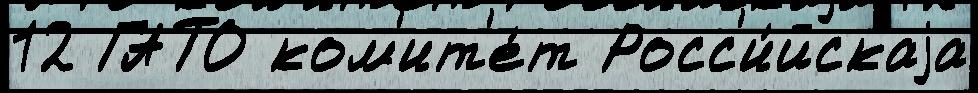
12 ГАТО ком'ит'е́т Росс'и́йскаjа